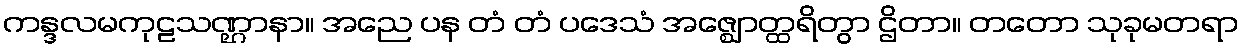
ကန္ဒလမကုဠသဏ္ဌာနာ။ အညေ ပန တံ တံ ပဒေသံ အဇ္ဈောတ္ထရိတွာ ဌိတာ။ တတော သုခုမတရာ